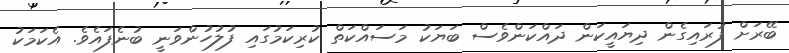
ބޭރަށް ފުރައިގެން ދިޔައީކަން ދައްކަންވެސް ބަޔަކު މަސައްކަތް ކުރިކަމުގައި ފުލުހުންވަނީ ބުނެފައެވެ. އެކަމަކު